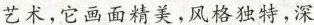
艺术，它画面精美，风格独特，深